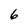
Character: 6